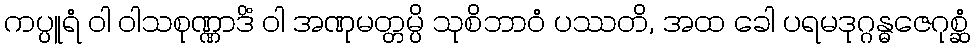
ကပ္ပူရံ ဝါ ဝါသစုဏ္ဏာဒိံ ဝါ အဏုမတ္တမ္ပိ သုစိဘာဝံ ပဿတိ, အထ ခေါ ပရမဒုဂ္ဂန္ဓဇေဂုစ္ဆံ